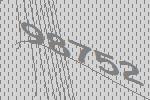
98752